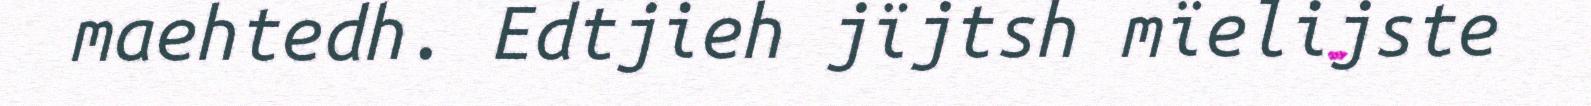
maehtedh. Edtjieh jïjtsh mïelijste